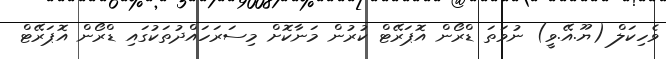
ވެހިކަލް (ޔޫ.އޭ.ވީ) ނުވަތަ ޑްރޯން އޮޕަރޭޓް ކުރުން މަނާކޮށް މިސަރަހައްދުތަކުގައި ޑްރޯން އޮޕަރޭޓް